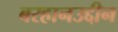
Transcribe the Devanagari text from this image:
बरहानउद्दीन